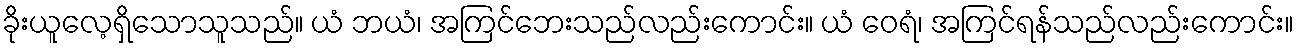
ခိုးယူလေ့ရှိသောသူသည်။ ယံ ဘယံ၊ အကြင်ဘေးသည်လည်းကောင်း။ ယံ ဝေရံ၊ အကြင်ရန်သည်လည်းကောင်း။